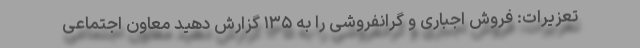
تعزیرات: فروش اجباری و گرانفروشی را به ۱۳۵ گزارش دهید معاون اجتماعی